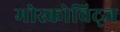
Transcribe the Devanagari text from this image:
मोस्कोविट्ज